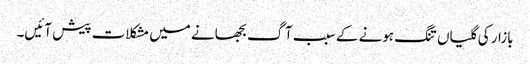
بازار کی گلیاں تنگ ہونے کے سبب آگ بجھانے میں مشکلات پیش آئیں۔